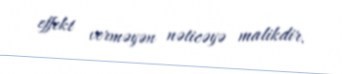
effekt verməyən nəticəyə malikdir.